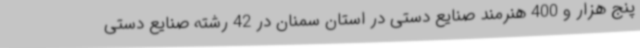
پنج هزار و 400 هنرمند صنایع دستی در استان سمنان در 42 رشته صنایع دستی